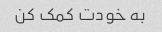
به خودت کمک کن